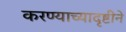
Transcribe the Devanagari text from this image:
करण्याच्यादृष्टीने